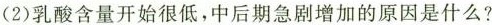
(2)乳酸含量开始很低，中后期急剧增加的原因是什么?(